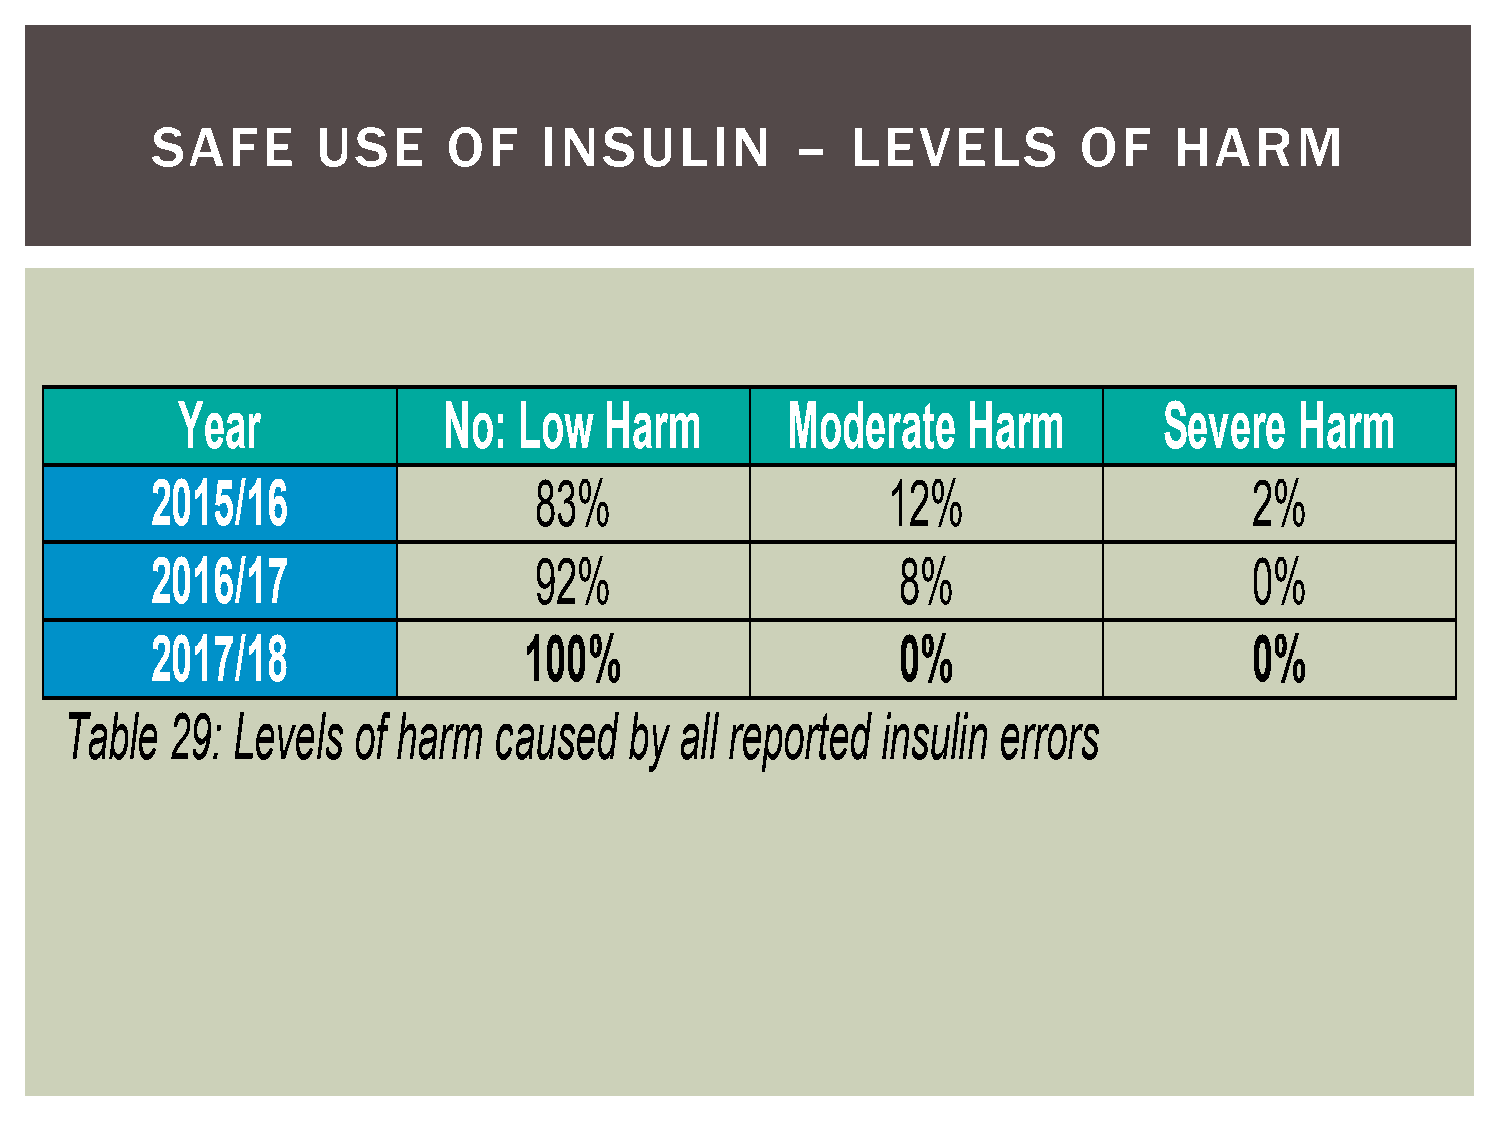
SAFE       USE      OF    INSULIN          –  LEVELS         OF     HARM
 Year             No:  Low   Harm        Moderate    Harm         Severe   Harm
 2015/16                  83%                     12%                     2%
 2016/17                  92%                      8%                     0%
 2017/18                  100%                     0%                     0%
 Table  29: Levels  of harm   caused   by all reported insulin errors